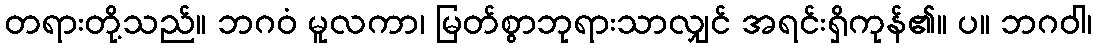
တရားတို့သည်။ ဘဂဝံ မူလကာ၊ မြတ်စွာဘုရားသာလျှင် အရင်းရှိကုန်၏။ ပ။ ဘဂဝါ၊